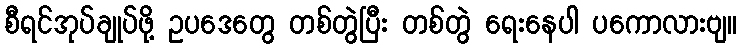
စီရင်အုပ်ချုပ်ဖို့ ဥပဒေတွေ တစ်တွဲပြီး တစ်တွဲ ရေးနေပါ ပကောလားဗျ။